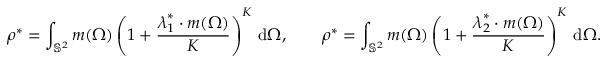
\boldsymbol { \rho } ^ { * } = \int _ { \mathbb { S } ^ { 2 } } \boldsymbol { m } ( \Omega ) \left( 1 + \frac { \boldsymbol { \lambda } _ { 1 } ^ { * } \cdot \boldsymbol { m } ( \Omega ) } { K } \right) ^ { K } \, \mathrm { d } \Omega , \qquad \boldsymbol { \rho } ^ { * } = \int _ { \mathbb { S } ^ { 2 } } \boldsymbol { m } ( \Omega ) \left( 1 + \frac { \boldsymbol { \lambda } _ { 2 } ^ { * } \cdot \boldsymbol { m } ( \Omega ) } { K } \right) ^ { K } \, \mathrm { d } \Omega .